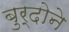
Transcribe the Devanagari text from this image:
बुर्दोने